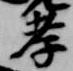
孝